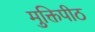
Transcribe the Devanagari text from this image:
मुक्तिपीठ